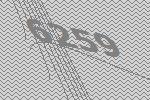
6259